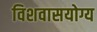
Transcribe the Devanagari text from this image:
विशवासयोग्य